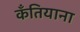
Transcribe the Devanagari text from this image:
कँतियाना